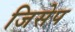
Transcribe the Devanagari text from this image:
जिसेप